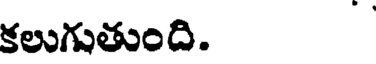
కలుగుతుంది.